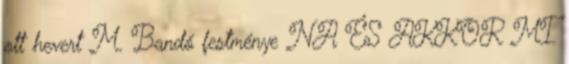
ott hevert M. Bandó festménye NA ÉS AKKOR MI